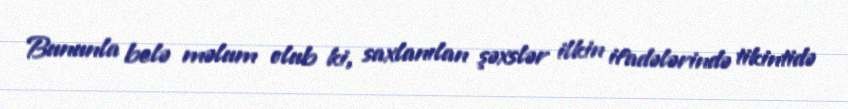
Bununla belə məlum olub ki, saxlanılan şəxslər ilkin ifadələrində tikintidə